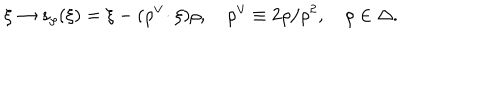
\xi \to s _ { \rho } ( \xi ) = \xi - ( \rho ^ { \vee } \! \cdot \xi ) \rho , \quad \rho ^ { \vee } \equiv 2 \rho / \rho ^ { 2 } , \quad \rho \in \Delta .